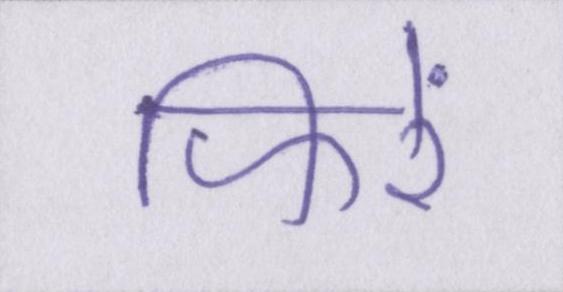
फिरें